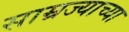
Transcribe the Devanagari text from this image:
साम्रज्याच्या